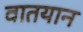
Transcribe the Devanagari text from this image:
वातयान